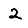
Digit: 2